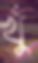
খুঁ